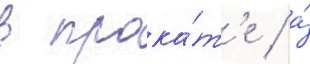
в прока́т'е / а́